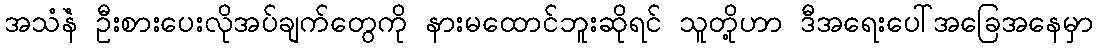
အသံနဲံ ဦးစားပေးလိုအပ်ချက်တွေကို နားမထောင်ဘူးဆိုရင် သူတို့ဟာ ဒီအရေးပေါ်အခြေအနေမှာ